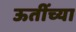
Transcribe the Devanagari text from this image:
ऊतींच्या